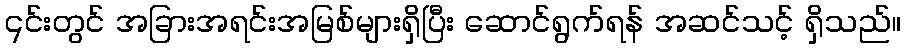
၎င်းတွင် အခြားအရင်းအမြစ်များရှိပြီး ဆောင်ရွက်ရန် အဆင်သင့် ရှိသည်။